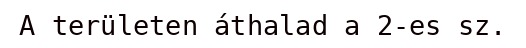
A területen áthalad a 2-es sz.